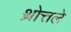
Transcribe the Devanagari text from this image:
थ्रोत्तले